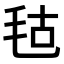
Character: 𣭎